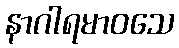
နာဂါရမာဝသေ